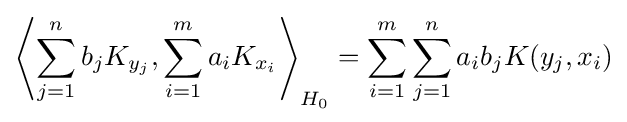
\left\langle \sum _{j=1}^{n}b_{j}K_{y_{j}},\sum _{i=1}^{m}a_{i}K_{x_{i}}\right\rangle _{H_{0}}=\sum _{i=1}^{m}\sum _{j=1}^{n}{a_{i}}b_{j}K(y_{j},x_{i})